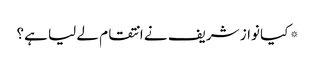
* کیا نواز شریف نے انتقام لے لیا ہے؟